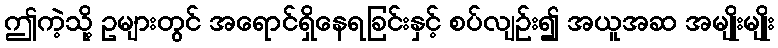
ဤကဲ့သို့ ဥများတွင် အရောင်ရှိနေရခြင်းနှင့် စပ်လျဉ်း၍ အယူအဆ အမျိုးမျိုး